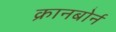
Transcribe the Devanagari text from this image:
क्रानबोर्न